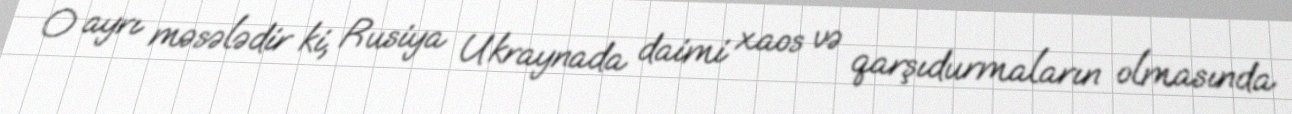
O ayrı məsələdir ki, Rusiya Ukraynada daimi xaos və qarşıdurmaların olmasında